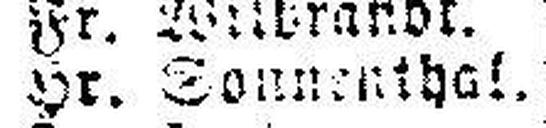
Hr. Sonnenthal.